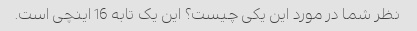
نظر شما در مورد این یکی چیست؟ این یک تابه 16 اینچی است.